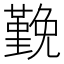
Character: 𭐅